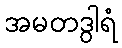
အမတဒွါရံ